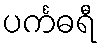
ပင်္ကဓရီ